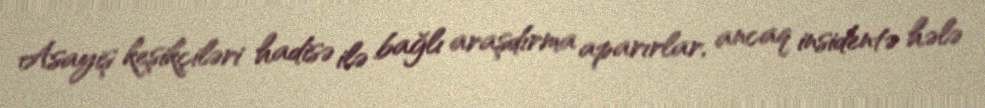
Asayiş keşikçiləri hadisə ilə bağlı araşdırma aparırlar, ancaq insidentə hələ